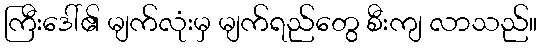
ကြီးဒေါ်၏ မျက်လုံးမှ မျက်ရည်တွေ စီးကျ လာသည်။